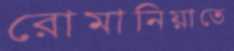
রোমানিয়াতে